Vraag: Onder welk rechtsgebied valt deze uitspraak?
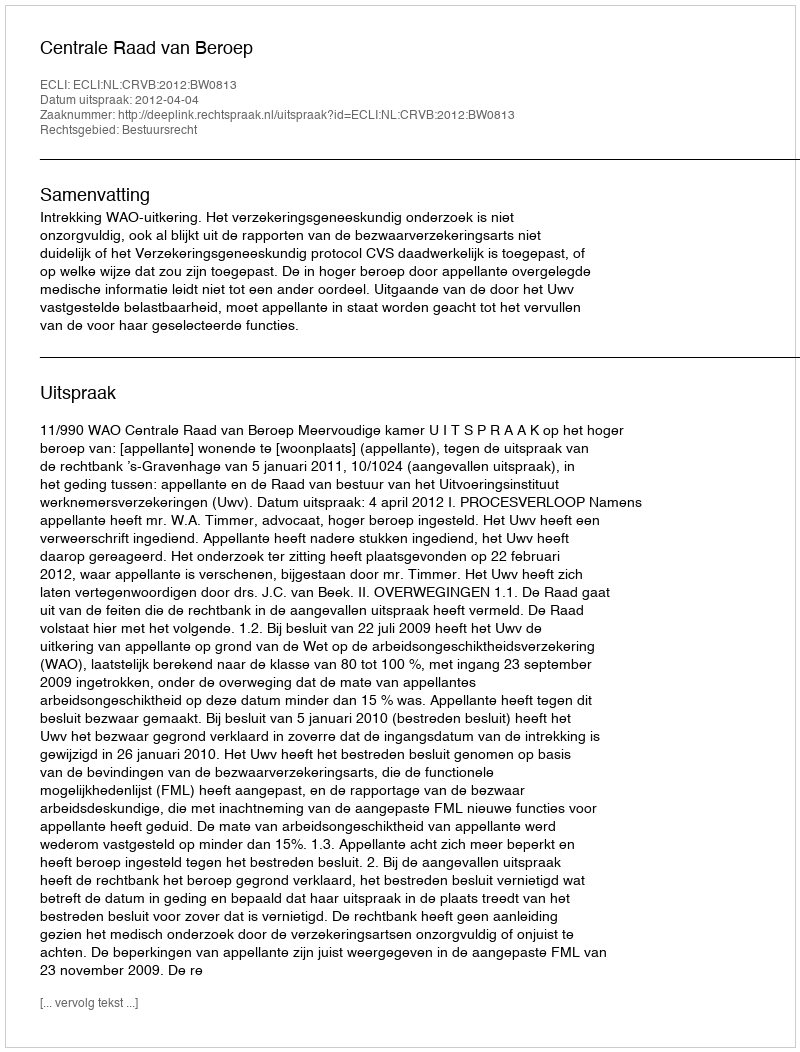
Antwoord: Bestuursrecht